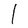
Character: l